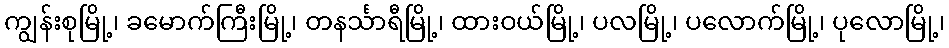
ကျွန်းစုမြို့၊ ခမောက်ကြီးမြို့၊ တနင်္သာရီမြို့၊ ထားဝယ်မြို့၊ ပလမြို့၊ ပလောက်မြို့၊ ပုလောမြို့၊